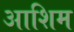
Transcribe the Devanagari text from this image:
आशिम